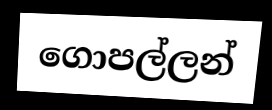
ගොපල්ලන්